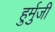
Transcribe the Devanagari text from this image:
हुर्मुजी